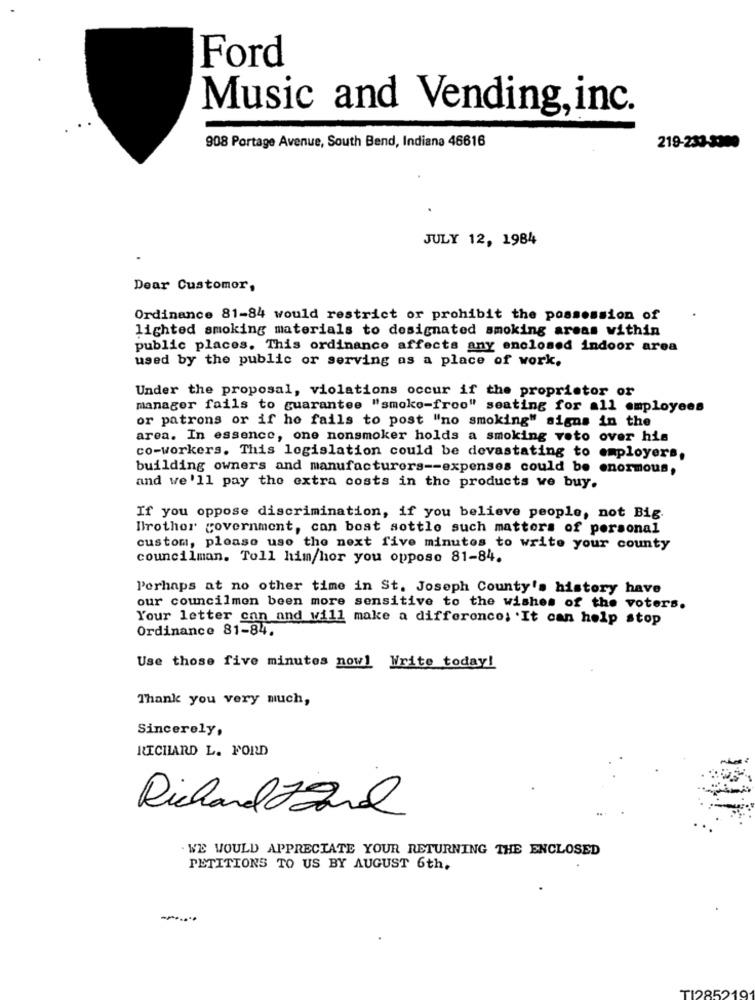
Ford
Music and Vending,inc.
908 Portage Avenue, South Bend, Indiana 46616
219-233-3300
JULY 12, 1984
Dear Customer,
Ordinance 81-84 would restrict or prohibit the possession of
lighted smoking materials to designated smoking areas within
public places. This ordinance affects any enclosed indoor area
used by the public or serving as a place of work.
Under the proposal, violations occur if the proprietor or
manager fails to guarantee "smoke-froo" seating for all employees
or patrons or if he fails to post "no smoking" signs in the
area. In essence, one nonsmoker holds a smoking voto over his
co-workers. This legislation could be devastating to employers,
building owners and manufacturers -- expenses could be enormous,
and we'll pay the extra costs in the products we buy.
If you oppose discrimination, if you believe people, not Big.
Brother government, can bost sottlo such matters of personal
custom, please use the next five minutes to write your county
councilman. Toll him/hor you oppose 81-84.
Perhaps at no other time in St. Joseph County's history have
our councilmen been more sensitive to the wishes of the voters.
Your letter con and will make a difference; . It can help stop
Ordinance 81-84.
Use those five minutes now! Write today!
Thank you very much,
Sincerely,
RICHARD L. FORD
Richard 22nd
. WE WOULD APPRECIATE YOUR RETURNING THE ENCLOSED
PETITIONS TO US BY AUGUST 6th,
TI285219